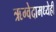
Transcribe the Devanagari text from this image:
ऋग्वेदामध्येही